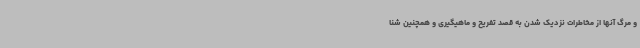
و مرگ آنها از مخاطرات نزدیک شدن به قصد تفریح و ماهیگیری و همچنین شنا